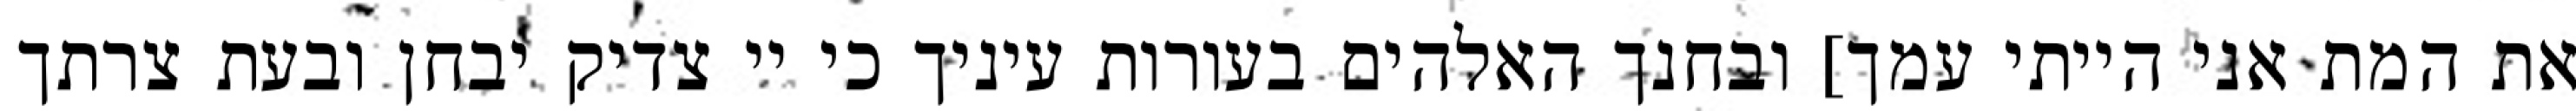
את המת אני הייתי עמך] ובחנך האלהים בעורות עיניך כי יי צדיק יבחן ובעת צרתך